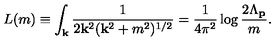
L ( m ) \equiv \int _ { \bf k } \frac { 1 } { 2 { \bf k } ^ { 2 } ( { \bf k } ^ { 2 } + m ^ { 2 } ) ^ { 1 / 2 } } = \frac { 1 } { 4 \pi ^ { 2 } } \log \frac { 2 \Lambda _ { \bf p } } { m } .